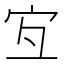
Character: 宐